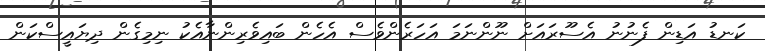
ކަނޑު އަޑިން ފެނުނު އެސޫރައަށް ނޫންނަމަ އަހަރެންވެސް އެހެން ބައިވެރިންނާއެކު ނިމިގެން ދިޔައީސްކަން